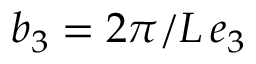
\boldsymbol b _ { 3 } = 2 \pi / L \, \boldsymbol e _ { 3 }